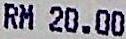
RM 20.00